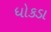
ધોકડા